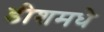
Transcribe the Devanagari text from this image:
डीशमधे